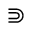
\Supset